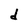
Character: d